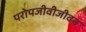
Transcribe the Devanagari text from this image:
परोपजीवीजीवन